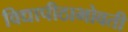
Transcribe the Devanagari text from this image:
विद्यापीठाभोवती